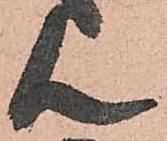
ん